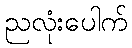
ညလုံးပေါက်